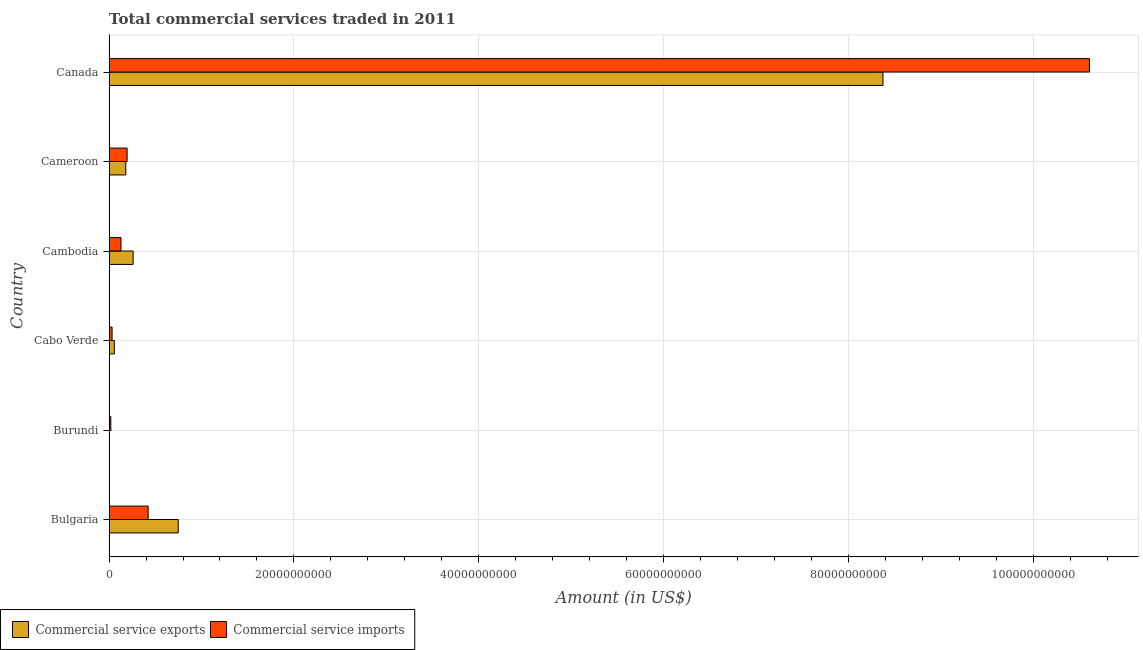
| Country | Commercial service exports | Commercial service imports |
 | --- | --- | --- |
 | Bulgaria | 7.48e+09 | 4.23e+09 |
 | Burundi | 1.96e+07 | 1.89e+08 |
 | Cabo Verde | 5.69e+08 | 3.26e+08 |
 | Cambodia | 2.6e+09 | 1.29e+09 |
 | Cameroon | 1.81e+09 | 1.95e+09 |
 | Canada | 8.37e+10 | 1.06e+11 |